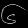
Digit: ၆